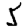
Digit: 5